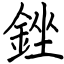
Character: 銼